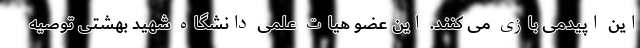
این اپیدمی بازی می کنند. این عضو هیات علمی دانشگاه شهید بهشتی توصیه